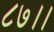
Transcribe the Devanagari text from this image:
८७।।